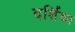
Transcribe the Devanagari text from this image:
दर्शिका